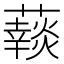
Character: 𧂞